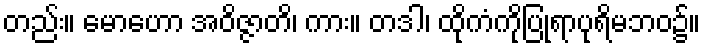
တည်း။ မောဟော အဝိဇ္ဇာတိ၊ ကား။ တဒါ၊ ထိုကံကိုပြုရာပုရိမဘဝ၌။